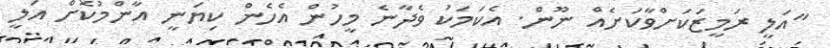
"އަލީ ރަމީޒަކަށްވާކަށެއް ނޫން. އެކަމަކު ވެދާނެ މީހުން އެހެން ކިޔަނީ އާންމުކޮށް އަލީ